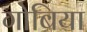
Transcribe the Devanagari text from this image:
गोबिया